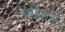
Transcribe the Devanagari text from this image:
कोंदाने